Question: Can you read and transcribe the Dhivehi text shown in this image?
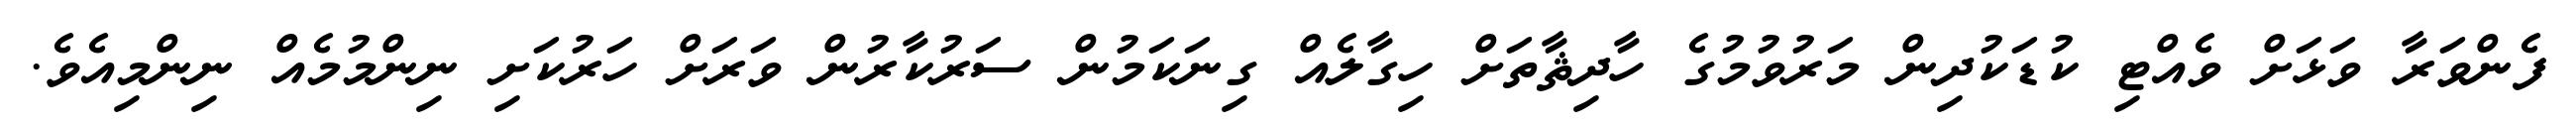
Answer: ފެންވަރާ ވަޅަށް ވެއްޓި ކުޑަކުދިން މަރުވުމުގެ ހާދިޘާތަށް ހިގާލެއް ގިނަކަމުން ސަރުކާރުން ވަރަށް ހަރުކަށި ނިންމުމެއް ނިންމިއެވެ.